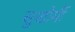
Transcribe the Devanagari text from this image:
सुखोर्मी